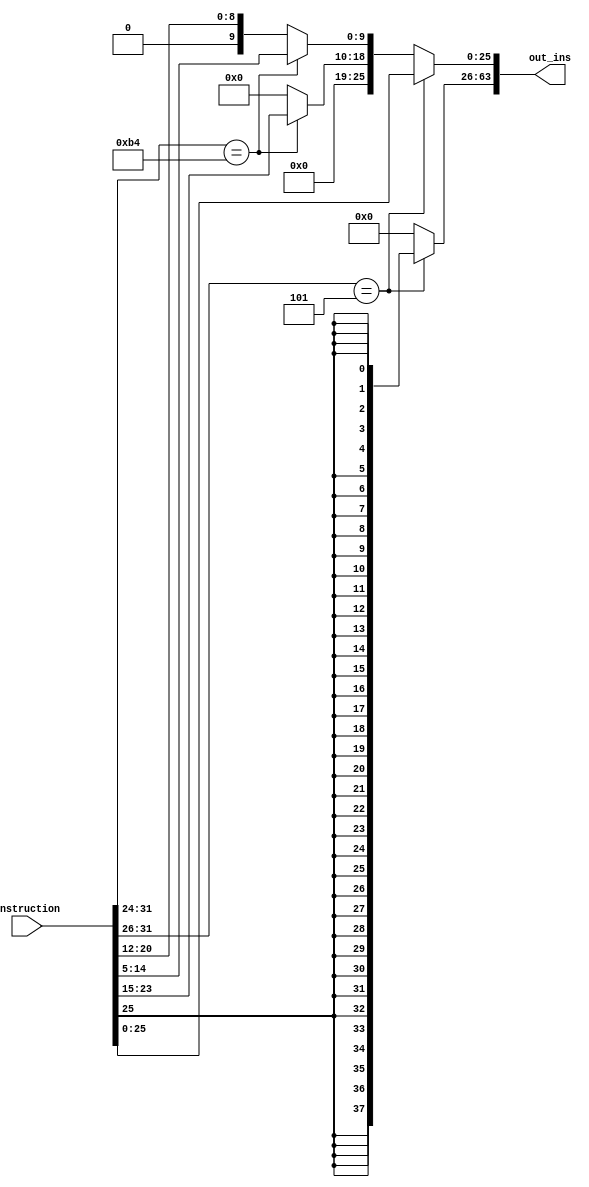
module SignExtend(
input [31:0] Instruction,
output reg [63:0] out_ins);  
  //reg[63:0] sign_E;
  
  always @(Instruction) begin 
    
     if (Instruction[31:26] == 6'b000101) //B-type
	begin
      
        out_ins[25:0] = Instruction[25:0];
        out_ins[63:26] = {38{out_ins[25]}};
      
    end 
	else if (Instruction[31:24] == 8'b10110100)//CBZ-type 
	begin 

        out_ins[19:0] = Instruction[23:5];
        out_ins[63:20] = {44{out_ins[19]}};
        
    end 
	else
	begin 
        out_ins[9:0] = Instruction[20:12];
        out_ins[63:10] = {54{out_ins[9]}}; //D-type 
end
  end
  
endmodule